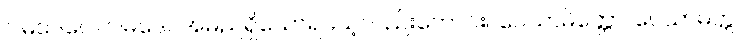
ဝါမဒေဝေါ၊ ဝါမဒေဝအမည်ရှိသောရသေ့လည်းကောင်း။ ဝေသာမိတ္တော၊ ဝေသာမိတ္တ